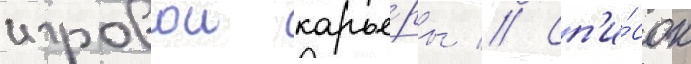
игровои карье́ры // Сп'и́сок